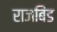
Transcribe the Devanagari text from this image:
राजबिंड